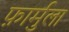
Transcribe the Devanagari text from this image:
फ़ार्मुला